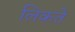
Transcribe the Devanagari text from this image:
लिकते